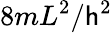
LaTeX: {8m}{L^{2}}/\mathsf{h}^{2}